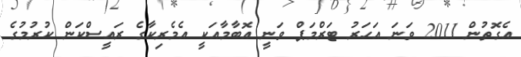
އެގޮތުން 2011 ވަނަ އަހަރު ޓަރްމަޕް ވަނީ އޮބާމާއަކީ އެމެރިކާގެ ރައީސްކަން ކުރުމުގެ